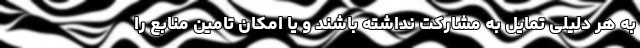
به هر دلیلی تمایل به مشارکت نداشته باشند و یا امکان تامین منابع را